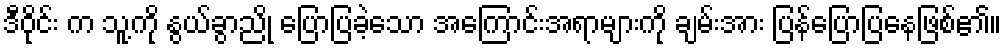
ဒီဝိုင်း က သူ့ကို နွယ်ခွာညို ပြောပြခဲ့သော အကြောင်းအရာများကို ချမ်းအား ပြန်ပြောပြနေဖြစ်၏။